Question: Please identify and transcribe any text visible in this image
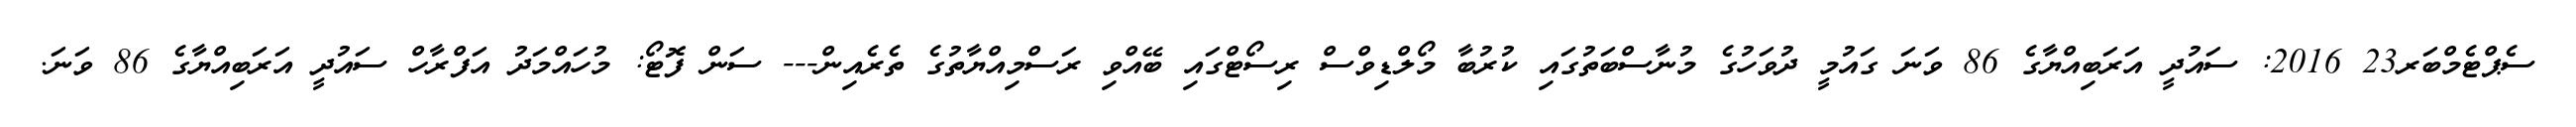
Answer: ސެޕްޓެމްބަރ23 2016: ސައުދީ އަރަބިއްޔާގެ 86 ވަނަ ގައުމީ ދުވަހުގެ މުނާސްބަތުގައި ކުރުބާ މޯލްޑިވްސް ރިސޯޓްގައި ބޭއްވި ރަސްމިއްޔާތުގެ ތެރެއިން--- ސަން ފޮޓޯ: މުހައްމަދު އަފްރާހް ސައުދީ އަރަބިއްޔާގެ 86 ވަނަ.